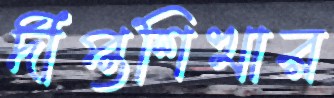
দীপ্তশিখার